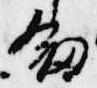
剣